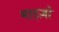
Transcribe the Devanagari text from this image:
माट्ज़ो